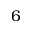
6